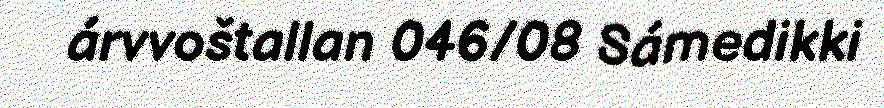
árvvoštallan 046/08 Sámedikki